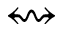
\leftrightsquigarrow